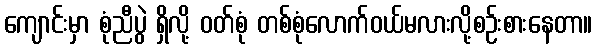
ကျောင်းမှာ စုံညီပွဲ ရှိလို့ ဝတ်စုံ တစ်စုံလောက်ဝယ်မလားလို့စဉ်းစားနေတာ။